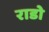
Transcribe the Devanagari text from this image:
राडो